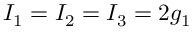
I _ { 1 } = I _ { 2 } = I _ { 3 } = 2 g _ { 1 }